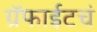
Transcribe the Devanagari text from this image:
ग्रॅफाईटचं